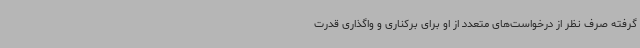
گرفته صرف نظر از درخواست‌های متعدد از او برای برکناری و واگذاری قدرت